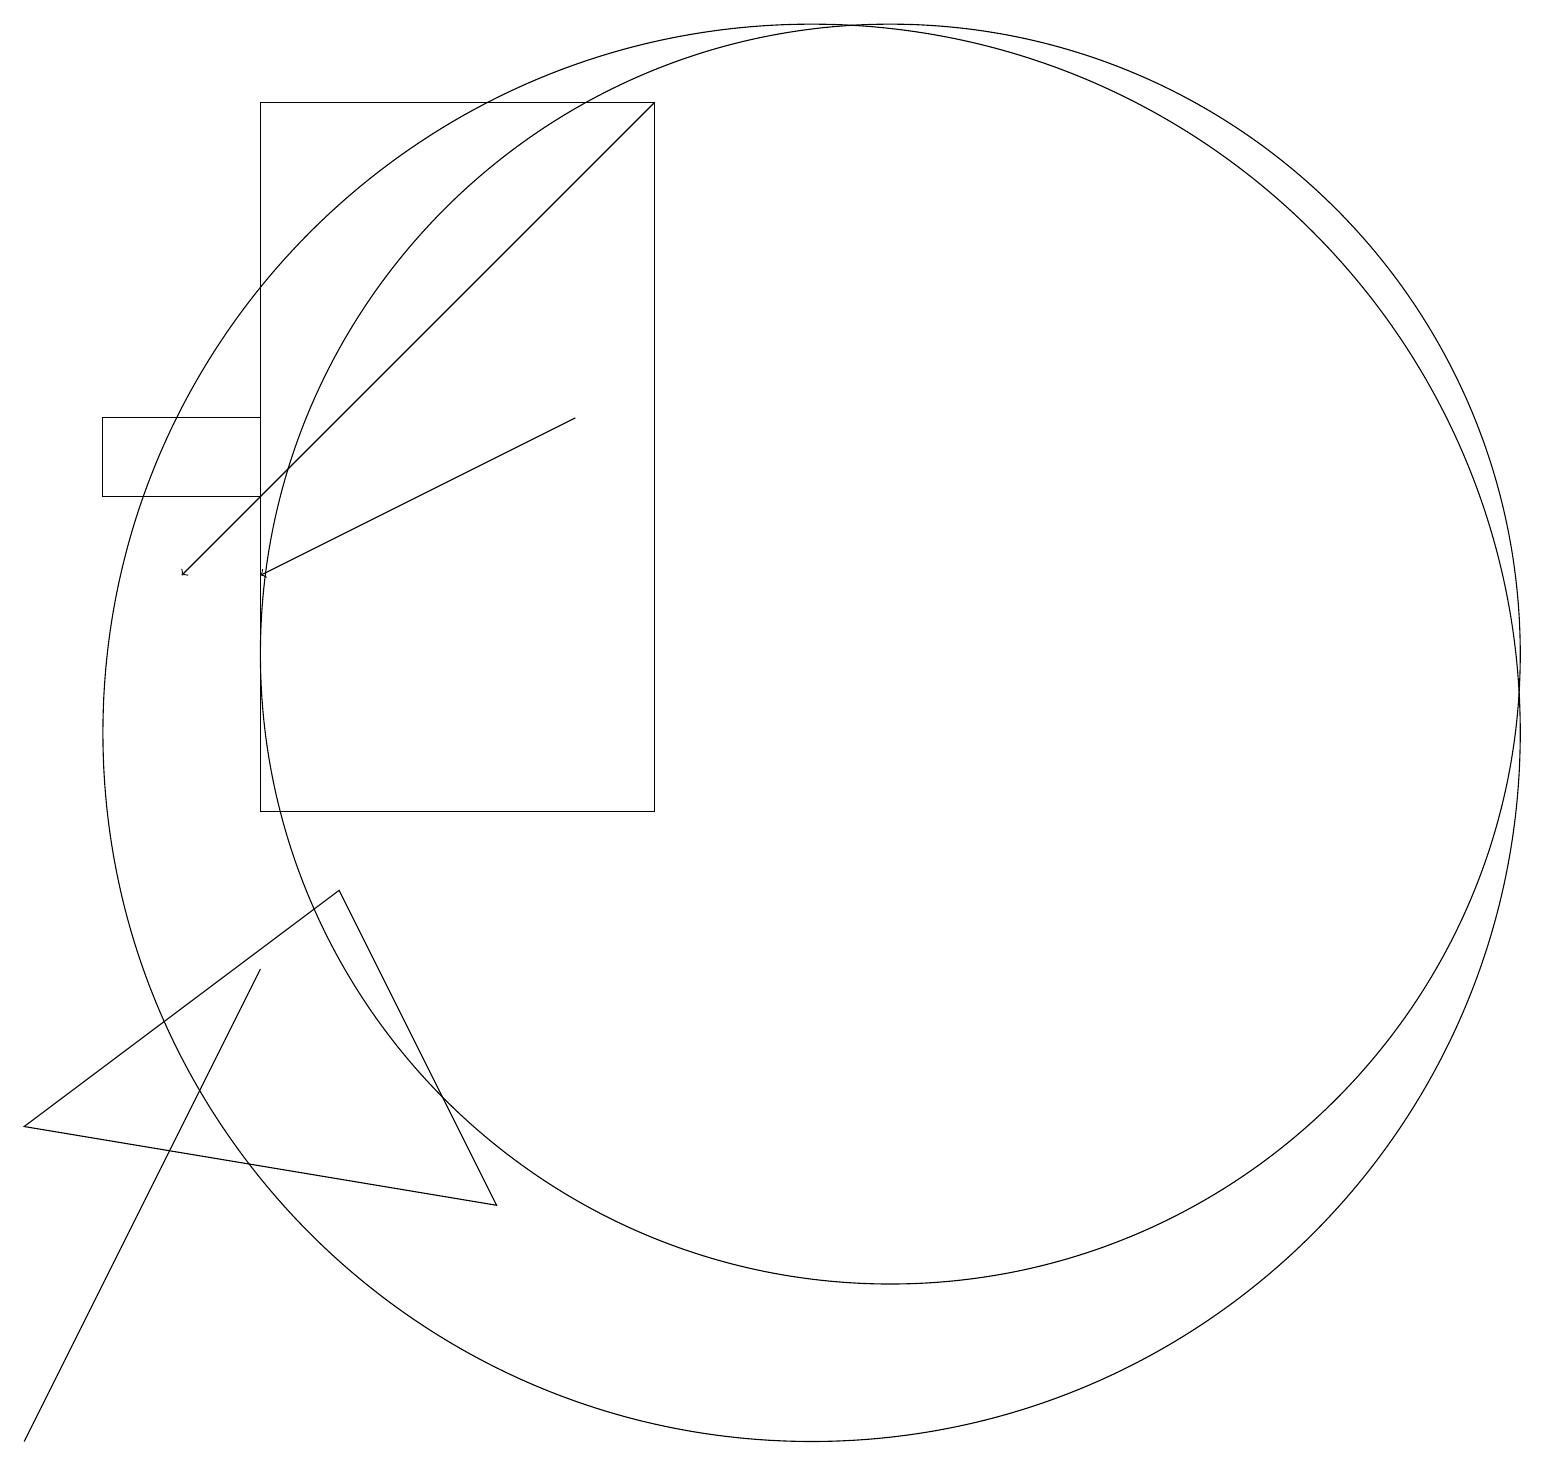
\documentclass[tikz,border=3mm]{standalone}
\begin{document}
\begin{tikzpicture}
\draw (1,6) -- (5,9) -- (7,5) -- cycle;
\draw (4,15) rectangle (2,14);
\draw (9,10) rectangle (4,19);
\draw[->] (8,15) -- (4,13);
\draw (12,12) circle (8);
\draw (11,11) circle (9);
\draw (2,4) -- (1,2) -- (4,8) -- cycle;
\draw[->] (9,19) -- (3,13);
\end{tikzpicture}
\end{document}